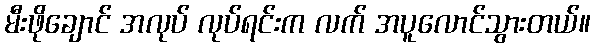
မီးဖိုချောင် အလုပ် လုပ်ရင်းက လက် အပူလောင်သွားတယ်။